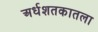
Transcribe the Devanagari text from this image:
अर्धशतकातला